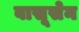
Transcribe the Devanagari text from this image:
वासूसेन